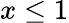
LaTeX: x\leq 1